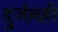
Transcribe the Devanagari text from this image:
दुर्जनही